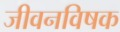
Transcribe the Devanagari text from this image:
जीवनविषक